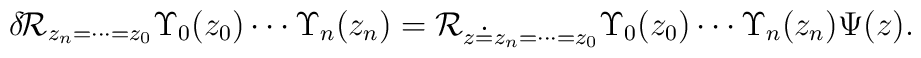
\delta\!{\cal R}_{z_n=\cdots=z_0}\Upsilon_0(z_0)\cdots\Upsilon_n(z_n)={\cal R}_{z\doteq z_n=\cdots=z_0}\Upsilon_0(z_0)\cdots\Upsilon_n(z_n)\Psi(z).